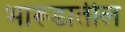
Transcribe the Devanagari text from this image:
भारूडातील